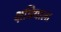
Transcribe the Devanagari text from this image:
क्षत्रियाला